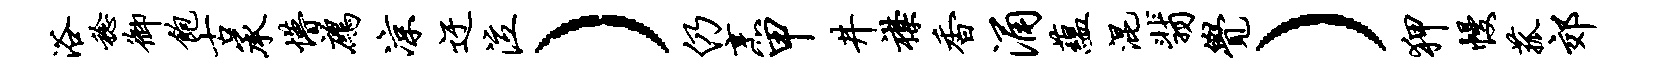
浴稔御饱古承懵鹧凉迂泣）仍烹甲井襟香涌蕴混翡觉）狎幔菰郊